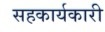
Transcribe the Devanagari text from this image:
सहकार्यकारी